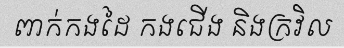
ពាក់កងដៃ កងជើង និងក្រវិល